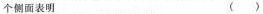
个侧面表明 （ ）